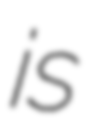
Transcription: is